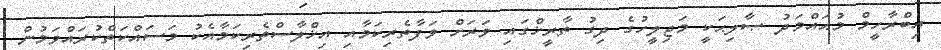
އިބްރާހީމް މުޙައްމަދު ޞާލިޙަކީ މަޖިލީހުގެ ދިގު ތާރީޚްގައި ވަރަށް ވަފާތެރިކަމާއި އިޚްލާސްތެރިކަމާއެކު މަސައްކަތްކުރައްވަމުން